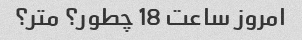
امروز ساعت 18 چطور؟ متر؟